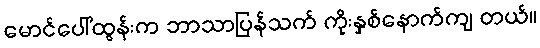
မောင်ပေါ်ထွန်းက ဘာသာပြန်သက် ကိုးနှစ်နောက်ကျ တယ်။